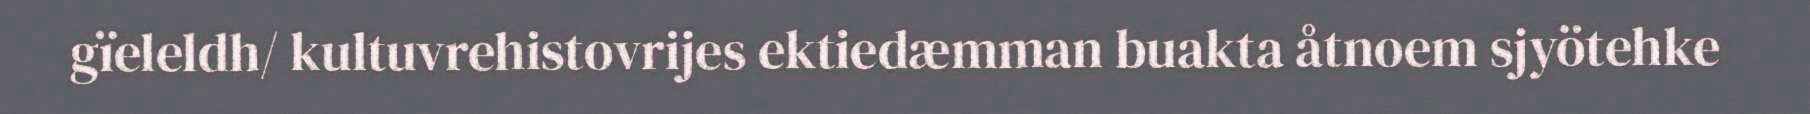
gïeleldh/ kultuvrehistovrijes ektiedæmman buakta åtnoem sjyötehke